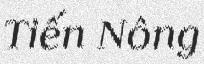
Tiến Nông